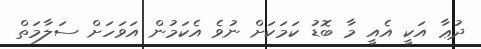
ދުޢާ އަކީ އެއީ މާ ބޮޑު ކަމަކަށް ނުވެ އެކަމުން އަވަހަށް ސަލާމަތް